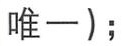
唯一）;